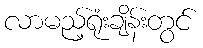
လာမည့်ရုံးချိန်းတွင်